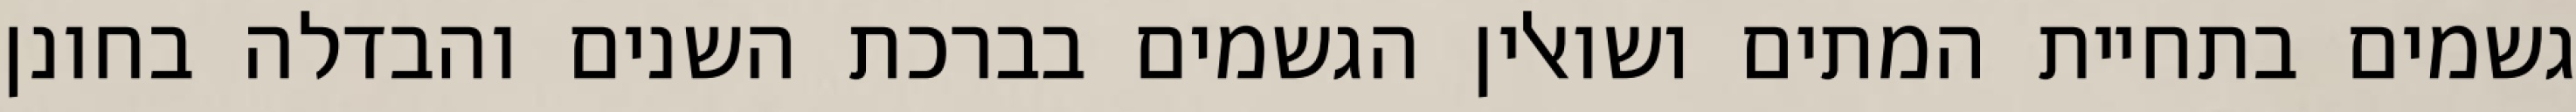
גשמים בתחיית המתים ושואלין הגשמים בברכת השנים והבדלה בחונן